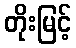
တိုးမြင့်